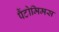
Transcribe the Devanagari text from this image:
पैंटोमिमस